Madras plague regulations and rules - Volume 2
Disease focus: Plague
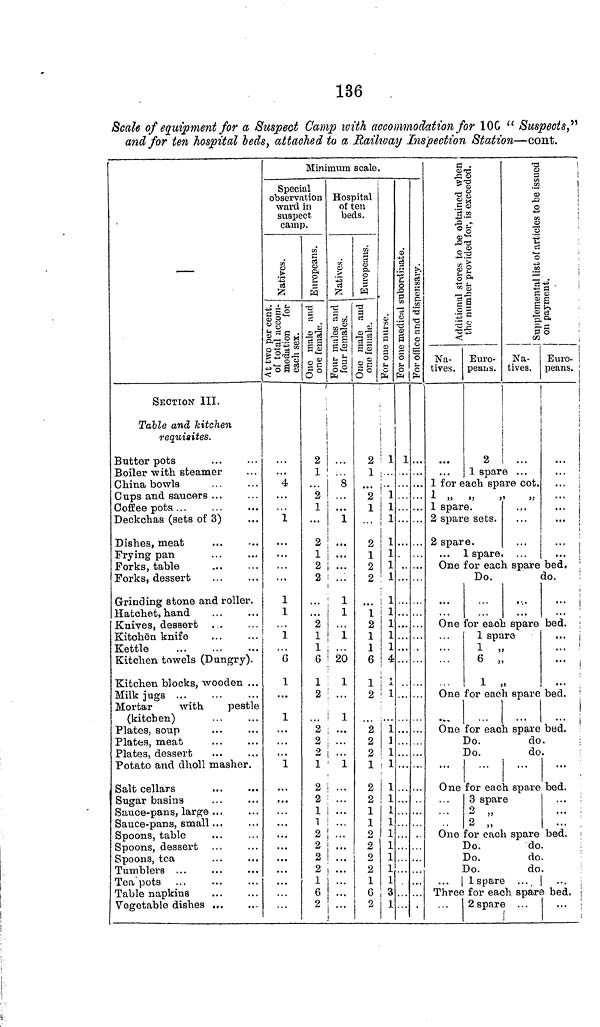
136
Scale of equipment for a Suspect Camp with accommodation for 100 "Suspects,"
and for ten hospital beds, attached to a Railway Inspection Station—cont.
SECTION III.
Table and kitchen
requisites.
Butter pots
Boiler with steamer
China bowls
Cups and saucers ...
Coffee pots
Deckchas (sets of 3)
Dishes, meat
Frying pan
Porks, table
Forks, dessert
Grinding stone and roller.
Hatchet, hand
Knives, dessert
Kitchēn knife
Kettle
Kitchen towels (Dungry).
Kitchen blocks, wooden ...
Milk jugs ...
Mortar
with
pestle
(kitchen)
Plates, soup
Plates, meat
Plates, dessert
Potato and dholl masher.
Salt cellars
Sugar basins
Sauce-pans, large
Sauce-pans, small ...
Spoons, table
Spoons, dessert
Spoons, tea
Tumblers ...
Tea pots
Table napkins
Vegetable dishes
Minimum scale.
Special
observation
ward in
suspect
camp.
Natives.
4
1
1
1
1
6
1
1
1
...
Europeans.
One male and
one female
2
1
2
1
2
1
2
2
...
...
2
1
1
6
1
2
. ..
2
2
2 |
1
2 i
2
1
1
2
2
2
2
6
2
Hospital
of ten
beds.
Native
Four males and
four females.
8
... ...
1
...
...
1
1
1
20
1
1
...
1
...
...
Europeans.
one female.
2
1
2
1
2
1
2
2
1
2
1
1
6
1
2
2
2
2
1
2
2
1
1
2
2
2
2
1
6
2
For one nurse.
1
1
1
1
1
1
1
1
1
1
1
1
1
4
1
1
1
1
1
1
1
1
1
1
1
1
1
1
1
3
1
for one medicle subordinate.
1
...
For office and dispensary.
.
Additional stores to be obtained when
Na-
tives.
the number provided for, is e
Euro-
peans.
2
Supplemental list of
Na-
tives.
1 spare ...
1 for each spare cot.
1 „ „
„
„
1 spare.
2 spare sets.
2 spare.
1 spare. ...
issued on pay
Euro-
peans.
...
...
...
One for each spare bed.
Do.
do.
One for each spare bed.
...
1 spare
1 ,,
6 „
1 ,.
...
...
...
One for each spare bed.
One for each spare bed.
Do.
do.
Do.
do.
One for each spare bed.
3 spare
2
2 ,,
• . •
One for each spare bed.
Do.
do.
Do.
do.
Do.
do.
... | 1 spare ....
...
Three for each spare bed.
2 spare
|